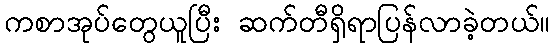
ကစာအုပ်တွေယူပြီး ဆက်တီရှိရာပြန်လာခဲ့တယ်။